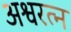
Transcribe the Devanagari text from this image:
अश्वरत्न